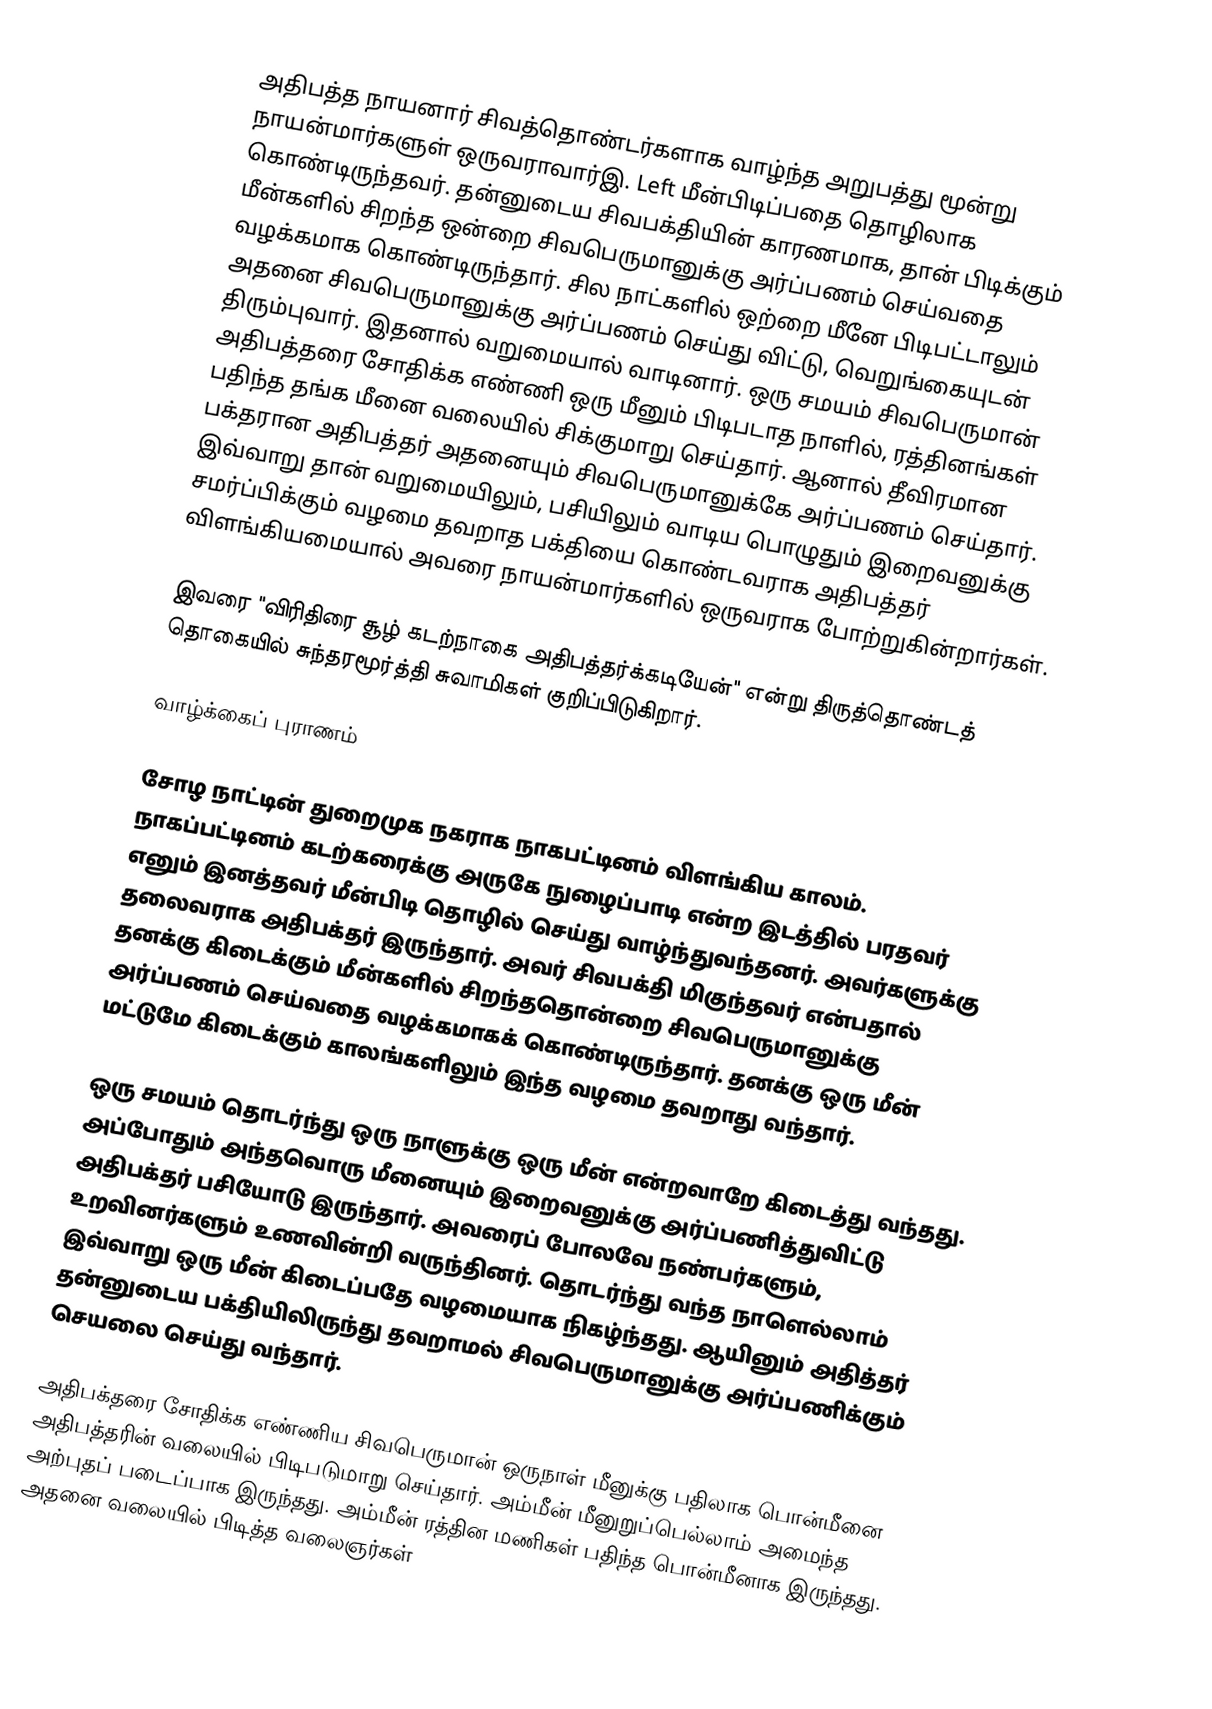
அதிபத்த நாயனார் சிவத்தொண்டர்களாக வாழ்ந்த அறுபத்து மூன்று நாயன்மார்களுள் ஒருவராவார்இ. Left மீன்பிடிப்பதை தொழிலாக கொண்டிருந்தவர். தன்னுடைய சிவபக்தியின் காரணமாக, தான் பிடிக்கும் மீன்களில் சிறந்த ஒன்றை சிவபெருமானுக்கு அர்ப்பணம் செய்வதை வழக்கமாக கொண்டிருந்தார். சில நாட்களில் ஒற்றை மீனே பிடிபட்டாலும் அதனை சிவபெருமானுக்கு அர்ப்பணம் செய்து விட்டு, வெறுங்கையுடன் திரும்புவார். இதனால் வறுமையால் வாடினார். ஒரு சமயம் சிவபெருமான் அதிபத்தரை சோதிக்க எண்ணி ஒரு மீனும் பிடிபடாத நாளில், ரத்தினங்கள் பதிந்த தங்க மீனை வலையில் சிக்குமாறு செய்தார். ஆனால் தீவிரமான பக்தரான அதிபத்தர் அதனையும் சிவபெருமானுக்கே அர்ப்பணம் செய்தார். இவ்வாறு தான் வறுமையிலும், பசியிலும் வாடிய பொழுதும் இறைவனுக்கு சமர்ப்பிக்கும் வழமை தவறாத பக்தியை கொண்டவராக அதிபத்தர் விளங்கியமையால் அவரை நாயன்மார்களில் ஒருவராக போற்றுகின்றார்கள்.

இவரை "விரிதிரை சூழ் கடற்நாகை அதிபத்தர்க்கடியேன்" என்று திருத்தொண்டத் தொகையில் சுந்தரமூர்த்தி சுவாமிகள் குறிப்பிடுகிறார்.

வாழ்க்கைப் புராணம்

சோழ நாட்டின் துறைமுக நகராக நாகபட்டினம் விளங்கிய காலம். நாகப்பட்டினம் கடற்கரைக்கு அருகே நுழைப்பாடி என்ற இடத்தில்  பரதவர் எனும் இனத்தவர் மீன்பிடி தொழில் செய்து வாழ்ந்துவந்தனர். அவர்களுக்கு தலைவராக அதிபக்தர் இருந்தார். அவர் சிவபக்தி மிகுந்தவர் என்பதால் தனக்கு கிடைக்கும் மீன்களில் சிறந்ததொன்றை சிவபெருமானுக்கு அர்ப்பணம் செய்வதை வழக்கமாகக் கொண்டிருந்தார். தனக்கு ஒரு மீன் மட்டுமே கிடைக்கும் காலங்களிலும் இந்த வழமை தவறாது வந்தார்.

ஒரு சமயம் தொடர்ந்து ஒரு நாளுக்கு ஒரு மீன் என்றவாறே கிடைத்து வந்தது. அப்போதும் அந்தவொரு மீனையும் இறைவனுக்கு அர்ப்பணித்துவிட்டு அதிபக்தர் பசியோடு இருந்தார். அவரைப் போலவே நண்பர்களும், உறவினர்களும் உணவின்றி வருந்தினர். தொடர்ந்து வந்த நாளெல்லாம் இவ்வாறு ஒரு மீன் கிடைப்பதே வழமையாக நிகழ்ந்தது. ஆயினும் அதித்தர் தன்னுடைய பக்தியிலிருந்து தவறாமல் சிவபெருமானுக்கு அர்ப்பணிக்கும் செயலை செய்து வந்தார்.

அதிபக்தரை சோதிக்க எண்ணிய சிவபெருமான் ஒருநாள் மீனுக்கு பதிலாக பொன்மீனை அதிபத்தரின் வலையில் பிடிபடுமாறு செய்தார். அம்மீன் மீனுறுப்பெல்லாம் அமைந்த அற்புதப் படைப்பாக இருந்தது. அம்மீன் ரத்தின மணிகள் பதிந்த பொன்மீனாக இருந்தது. அதனை வலையில் பிடித்த வலைஞர்கள்